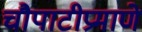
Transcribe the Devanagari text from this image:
चौपाटीप्रमाणे